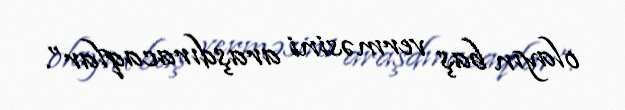
olayın baş verməsini araşdıracaqlar”.